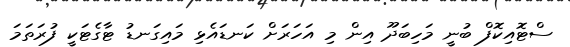
ސްޓޮއިކޮފް ބުނީ މަހިބަދޫ އިން މި އަހަރަށް ކަނޑައެޅި މައިގަނޑު ޓާގެޓަކީ ފުރަތަމަ